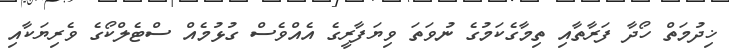
ޚިދުމަތް ހޯދާ ފަރާތާއި ތިމާގެކަމުގެ ނުވަތަ ވިޔަފާރީގެ އެއްވެސް ގުޅުމެއް ސްޓެލްކޯގެ ވެރިޔަކާއި